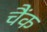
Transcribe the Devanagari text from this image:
चैंक